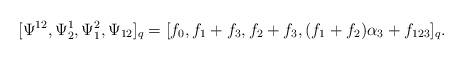
LaTeX: \begin{align*}[\Psi^{12},\Psi^1_2,\Psi^2_1,\Psi_{12}]_q=[f_0,f_1+f_3,f_2+f_3, (f_1+f_2)\alpha_3+f_{123}]_q.\end{align*}